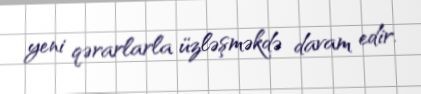
yeni qərarlarla üzləşməkdə davam edir.